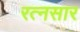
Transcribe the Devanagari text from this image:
रत्नसार